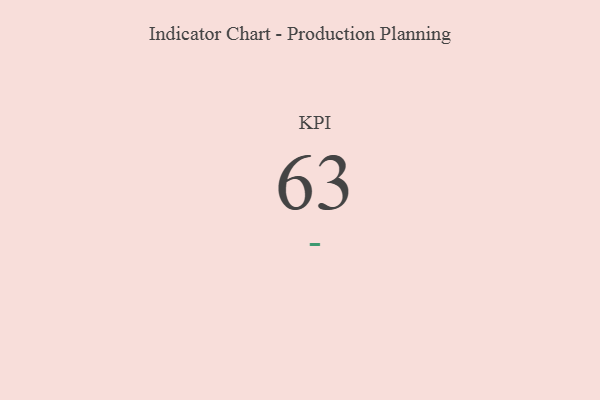
{"axis": {"x": "KPI", "y": "Value"}, "legend": [""], "data": [{"x": "KPI", "y": 63, "type": ""}]}